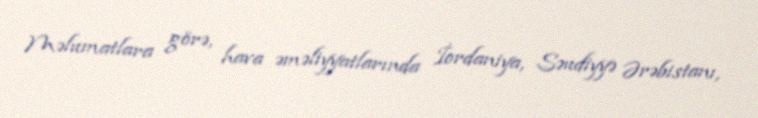
Məlumatlara görə, hava əməliyyatlarında İordaniya, Səudiyyə Ərəbistanı,